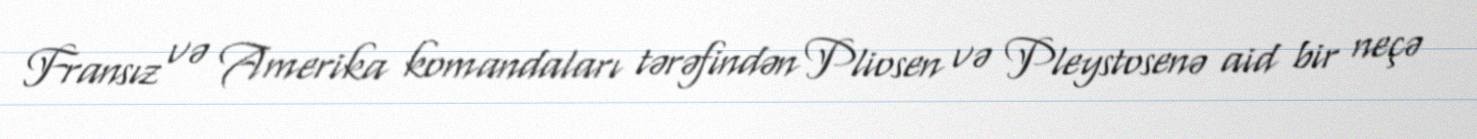
Fransız və Amerika komandaları tərəfindən Pliosen və Pleystosenə aid bir neçə